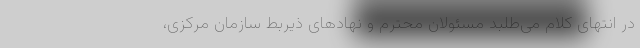
در انتهای کلام می‌طلبد مسئولان محترم و نهادهای ذیربط سازمان مرکزی،